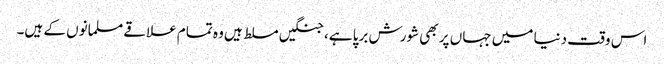
اس وقت دنیا میں جہاں پر بھی شورش برپا ہے، جنگیں مسلط ہیں وہ تمام علاقے مسلمانوں کے ہیں۔